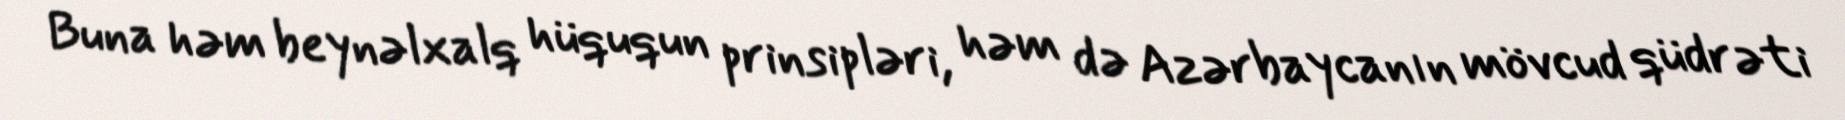
Buna həm beynəlxalq hüququn prinsipləri, həm də Azərbaycanın mövcud qüdrəti